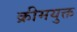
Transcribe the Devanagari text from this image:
क्रीमयुक्त